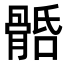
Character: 𩩎